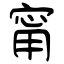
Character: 甯